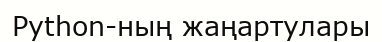
Python-ның жаңартулары